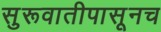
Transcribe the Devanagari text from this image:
सुरूवातीपासूनच